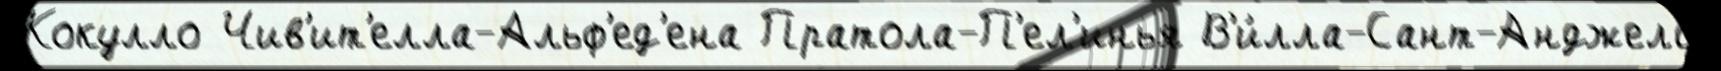
Кокулло Чив'ит'елла-Альф'ед'ена Пратола-П'ел'инья В'и́лла-Сант-Анджело